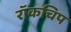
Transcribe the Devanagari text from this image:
रॉकचिप